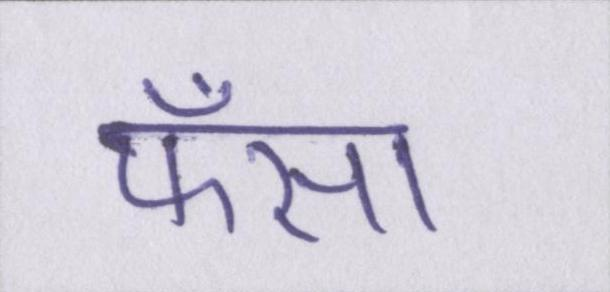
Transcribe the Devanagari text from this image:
फँसा